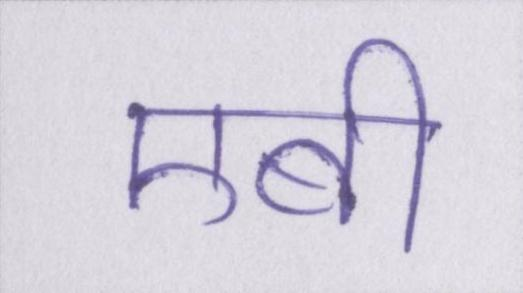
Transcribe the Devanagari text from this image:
एबी